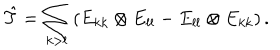
\hat { T } = \sum _ { k > l } \left( E _ { k k } \otimes E _ { l l } - E _ { l l } \otimes E _ { k k } \right) .